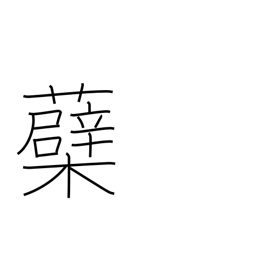
Meaning: sprout